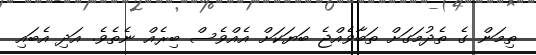
ތިމަން ގެ ތެދުމަގަށް ތަބާވެއްޖެ ބަޔަކަށް އެއްވެސް ބިރެއް ނެތެވެ. އަދި އެބައި